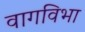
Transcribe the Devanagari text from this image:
वागविभा